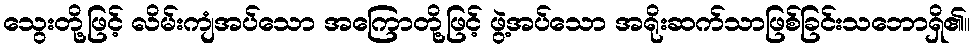
သွေးတို့ဖြင့် လိမ်းကျံအပ်သော အကြောတို့ဖြင့် ဖွဲ့အပ်သော အရိုးဆက်သာဖြစ်ခြင်းသဘောရှိ၏။